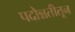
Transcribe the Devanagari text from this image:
पदोन्नतीतून